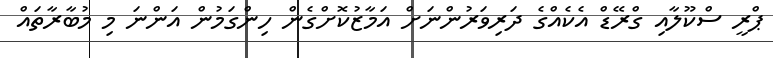
ޕްރީ ސްކޫލާއި ގްރޭޑް އެކެއްގެ ދަރިވަރުންނަށް އަމާޒުކޮށްގެން ހިންގަމުން އަންނަ މި މުބާރާތައް